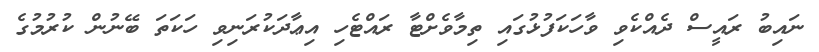
ނައިބު ރައީސް ދެއްކެވި ވާހަކަފުޅުގައި ތިމާވެށްޓާ ރައްޓެހި އިޢާދަކުރަނިވި ހަކަތަ ބޭނުން ކުރުމުގެ